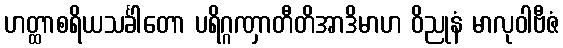
ဟတ္ထာစရိယသင်္ခါတော ပရိဂ္ဂဏှာတီတိအာဒိမာဟ ဝိညုနံ မာလုဝါဗီဇံ